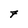
Character: 7